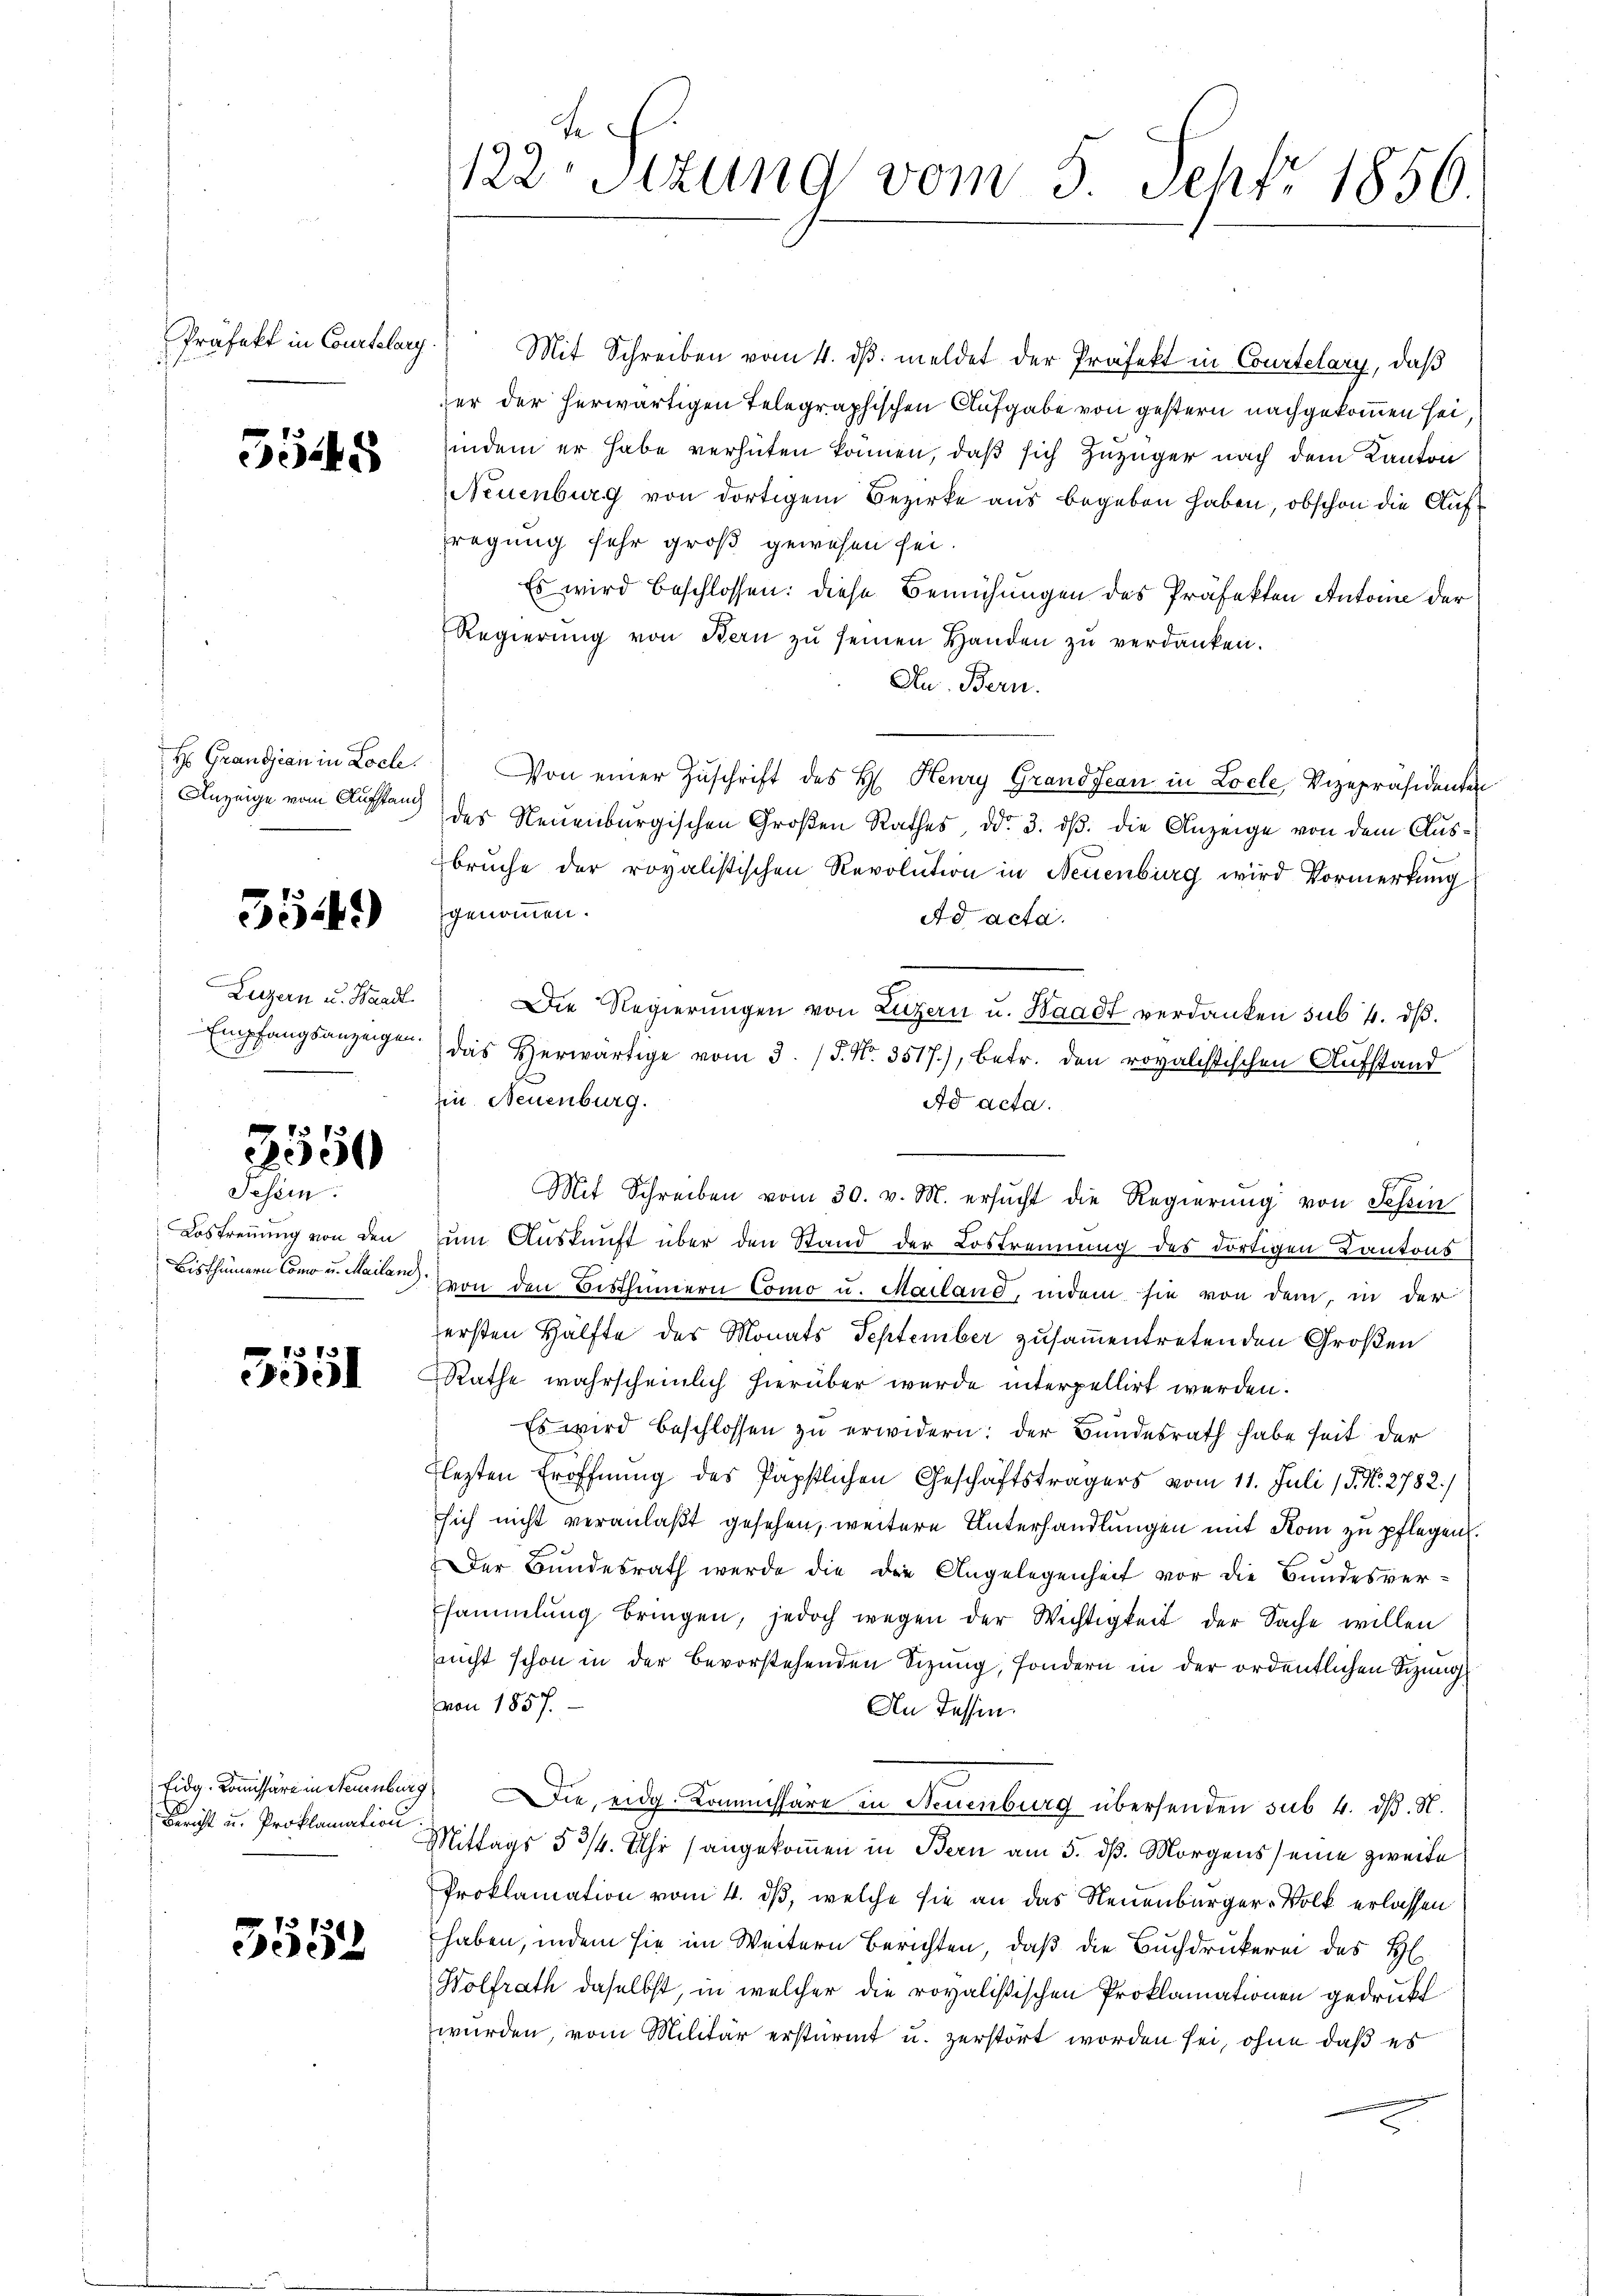
Präfekt in Courtelary

5548

Hs. Grandjean in Loch
Anzeige vom Aufstand

35449)

Luzern u. Handl
Empfangsanzeigen.

3550

Jesein.
Lostreuung von den
Bisthümern Como u. Mailand.

1
e

Bericht u. Proklamation

33 f
e

t
122 Stzung vom 5. Sept. 1856.

Mit Schreiben vom 4. dβ. meldet der Präfekt in Courtelary, daß
ser der herwärtigen Telegraphischen Aufgabe von gestern nachgekommen sei,
indem er habe verhüten können, daß sich Zuzuger nach dem Kanton
Neuenburg von dortigem Bezirke aus begeben haben, obschon die Auffregung sehr groß gewesen sei.
Es wird beschlossen: diese Bemühungen des Präfekten Antoine der
Regierŭng von Bern zŭ seinen Handen zŭ verdanken.
Du. Bern.
Von einer Zuschrift des H. Henry Grandjean in Locle, Vizepräsidenten
des Neuenburgischen Großen Rathes, ddo 3. dβ. die Anzeige von dem Ausbrŭche der rovalistischen Revolution in Neuenburg wird Vormerkung
genommen.
Ad acta.
Die Regierungen von Luzern u. Waadt verdanken sub. 4. dβ.
das herwärtige vom 3. /J. N. 3517), betr. den rovalistischen Aufstand
in Neuenburg.
Ad acta.
Mit Schreiben vom 30. v. M. ersucht die Regierung von Schin
um Auskunft über den Stand der Lostrennung des dortigen Kantons
von den Bisthümern Como u. Mailand, indem sie von dem in der
ersten Hälfte des Monats September zusammentretenden Großen
Rathe wahrscheinlich hierüber wurde interpellirt werden.
Es wird beschlossen zu erwidern: der Bundesrath habe seit der
Flezten Eröffnung des Papstlichen Geschäftsträgers vom 11. Juli (§. N. 2782/
sich nicht veranlaßt gesehen, weitere Unterhandlungen mit Rom zu pflegen.
Der Bundesrath werde die die Angelegenheit vor die Bundesversammlung bringen, jedoch wegen der Wichtigkeit der Sache willen
nicht schon in der bevorstehenden Sizung, sondern in der ordentlichen Sizung
von 1857.
An Tessin
Eidg. Komissäre intaumburg die eidg. Kommissäre in Neuenburg übersenden sub 4. dß. N.
Mittags 5 3/4. Uhr (angekommen in Bern am 5. dß. Morgens seine zweite
Proklamation vom 4. dβ, welche sie an das Neuenburger-Volk erlassen
haben, indem sie im Weitern Berichten, daß die Buchdruckerei des H
Wolfrath daselbst, in welcher die royalistischen Proklamationen gedruckt
wurden, vom Militär erstürmt u. zerstört worden sei, ohne daß es